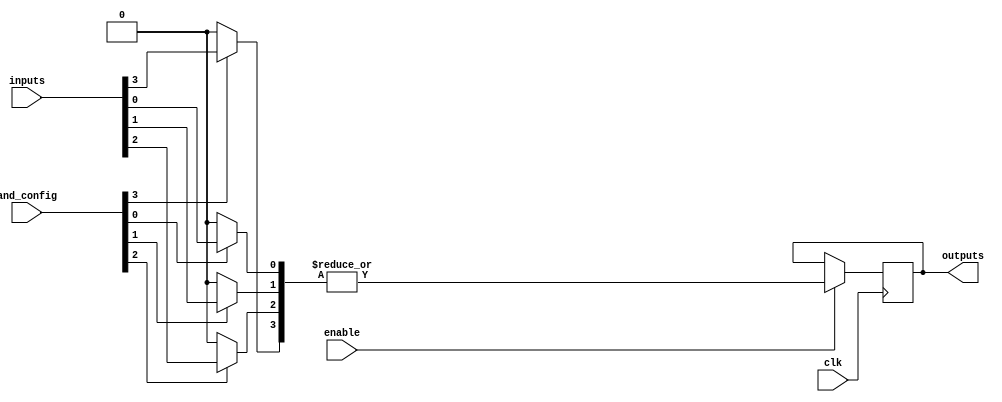
module RPAL #(
    parameter N_INPUTS = 4,  // Number of inputs
    parameter N_TERMS = 4,   // Number of product terms
    parameter N_OUTPUTS = 1   // Number of outputs
)(
    input wire [N_INPUTS-1:0] inputs,       // Input signals
    input wire [N_TERMS-1:0] and_config,     // AND array configuration
    input wire clk,                           // Clock signal
    input wire enable,                        // Enable signal for registers
    output reg [N_OUTPUTS-1:0] outputs       // Output signals
);

// Intermediate signals for AND terms
wire [N_TERMS-1:0] and_terms;

// Generate programmable AND terms
genvar i, j;
generate
    for (i = 0; i < N_TERMS; i = i + 1) begin : and_array
        assign and_terms[i] = and_config[i] ? (inputs[i] & inputs[i]) : 0; // Example for AND operation
    end
endgenerate

// OR array (fixed in this case)
wire or_output;
assign or_output = |and_terms; // OR all product terms

// Registers to store the output
always @(posedge clk) begin
    if (enable) begin
        outputs <= or_output; // Latch the OR output on clock edge if enabled
    end
end

endmodule